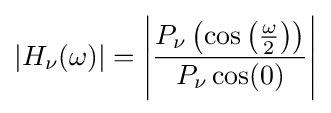
|H_{\nu }(\omega )|=\left|{\frac {P_{\nu }\left(\cos \left({\frac {\omega }{2}}\right)\right)}{P_{\nu }\cos(0)}}\right|